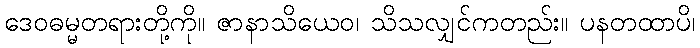
ဒေဝဓမ္မတရားတို့ကို။ ဇာနာသိယေဝ၊ သိသလျှင်ကတည်း။ ပနတထာပိ၊